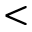
<